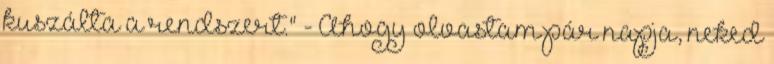
kuszálta a rendszert." - Ahogy olvastam pár napja, neked